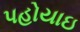
પહોયાઇ